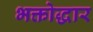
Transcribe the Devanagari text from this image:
भक्तोद्धार